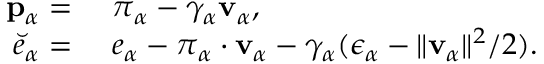
\begin{array} { r l } { \mathbf { p } _ { \alpha } = } & { ~ \boldsymbol { \pi } _ { \alpha } - \gamma _ { \alpha } \mathbf { v } _ { \alpha } , } \\ { \breve { e } _ { \alpha } = } & { ~ e _ { \alpha } - \boldsymbol { \pi } _ { \alpha } \cdot \mathbf { v } _ { \alpha } - \gamma _ { \alpha } ( \epsilon _ { \alpha } - \| \mathbf { v } _ { \alpha } \| ^ { 2 } / 2 ) . } \end{array}